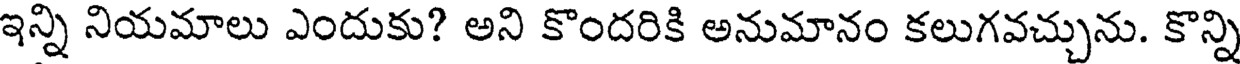
ఇన్ని నియమాలు ఎందుకు? అని కొందరికి అనుమానం కలుగవచ్చును. కొన్ని